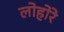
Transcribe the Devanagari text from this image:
लोहोरे